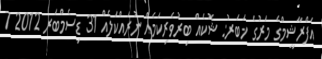
އަފްރާޝީމްގެ މަރުގެ ޚަބަރު: ޝޮކެއް ބިރުވެރިކަމެއް ނުރައްކަލެއް 31 ޑިސެމްބަރ 2012 7